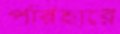
পরিহারে